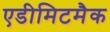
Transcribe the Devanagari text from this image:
एडीमिटमैक